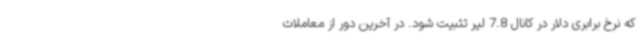
که نرخ برابری دلار در کانال 7.8 لیر تثبیت شود. در آخرین دور از معاملات